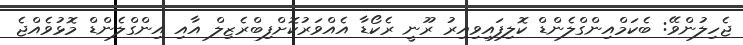
ޖެހިލުންވޭ: ބެކަމްއިންގްލެންޑް ކޮލިފައިވިއިރު ރޫނީ ރެކޯޑާ އެއްވަރުކޮށްފިބްރެޒިލް އާއި އިންގްލެންޑް މޮޅުވެއްޖެ